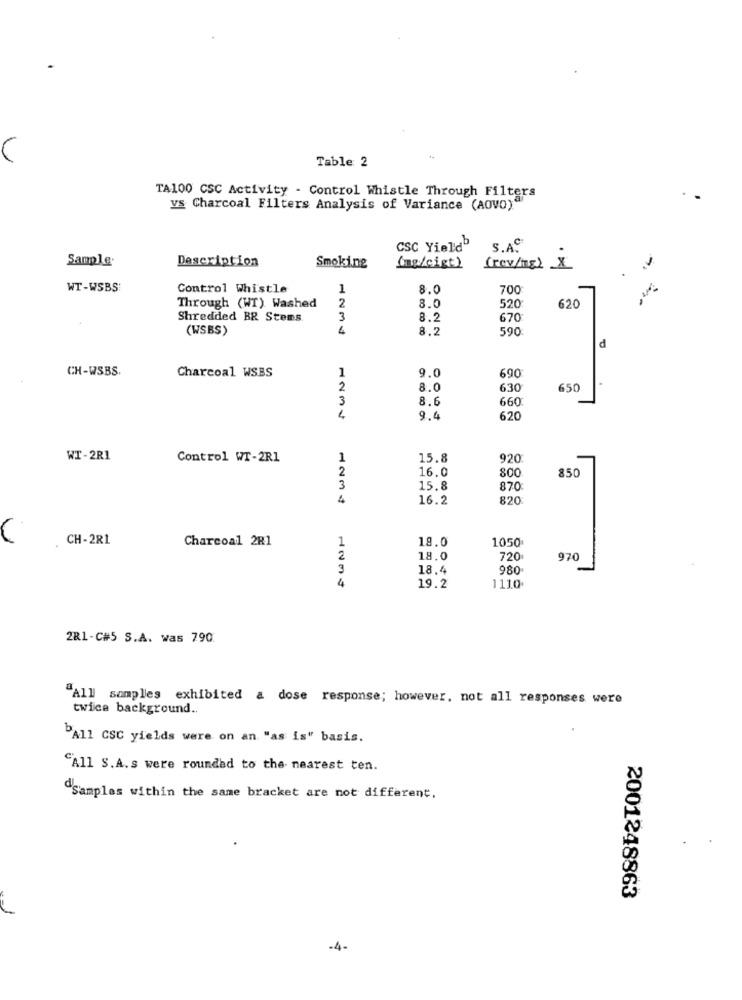
C
Table 2
TA100 CSC Activity - Control Whistle Through Filters
ys Charcoal Filters Analysis of Variance (AOVO)"
CSC Yield
S.A.C
Sample.
Description
Smoking
(mg/cigt)
(rev/ns) x
WT-WSBS:
Control Whistle
1
8.0
700
520
620
Through (WT) Washed
2
8.0
Shredded BR Stems
3
8.2
670
(WSBS)
8.2
590
d
CH-WSBS.
1
690
Charcoal WSBS
9.0
2
8.0
630
650
3
8.6
660
4
9.4
620
WT-2R1
Control WT-2R1
1
15.8
920
2
16.0
850
3
15.8
870
4
16.2
820
CH-281
Charcoal 2R1
1
18.0
1050
2
18.0
720
970
3
18.4
980.
4
19.2
1110
281-C#5 S.A. was 790
"All samples exhibited a dose response; however, not all responses were
twice background ..
"All CSC yields were on an "as is" basis.
"All S.A.s were rounded to the nearest ten.
"Samples within the same bracket are not different,
2001248863
-4-